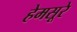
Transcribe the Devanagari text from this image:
हेमसूरे